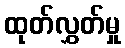
ထုတ်လွှတ်မှု